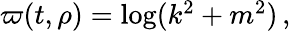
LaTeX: \begin{array}{r}{\varpi(t,\rho)=\log(k^{2}+m^{2})\, ,}\end{array}